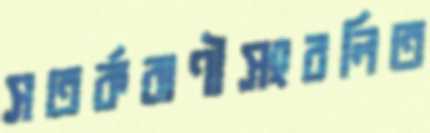
সতর্কবাণীসংবলিত